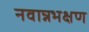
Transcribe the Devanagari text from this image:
नवान्नभक्षण